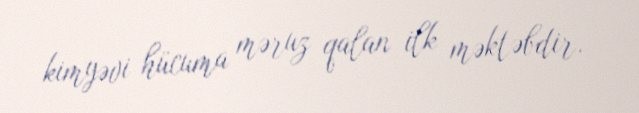
kimyəvi hücuma məruz qalan ilk məktəbdir.